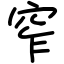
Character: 窄